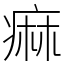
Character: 痲